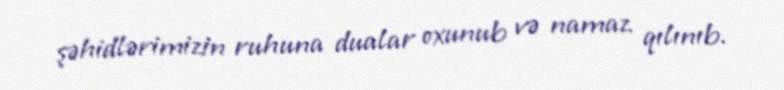
şəhidlərimizin ruhuna dualar oxunub və namaz qılınıb.